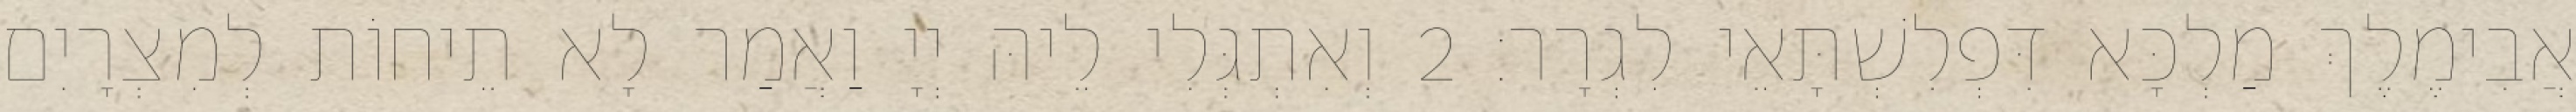
אֲבִימֶלֶךְ מַלְכָּא דִּפְלִשְׁתָּאֵי לִגְרָר׃ 2 וְאִתְגְּלִי לֵיהּ יְיָ וַאֲמַר לָא תֵיחוֹת לְמִצְרָיִם